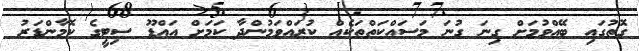
ގޮތުގައި ބޭއްވުމަށް ގިނަ ގުނަ މަސައްކަތްތަކެއް ކުރައްވަމުންދާ ކަމަށް އައްޑޫ ސިޓީގެ ކޮމާންޑަރު